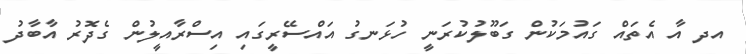
އދ އާ އެތައް ގައުމަކުން ގަބޫލުކުރަނީ ހުޅަނގު އައްސޭރީގައި އިސްރާއީލުން ގެދޮރު އާބާދު